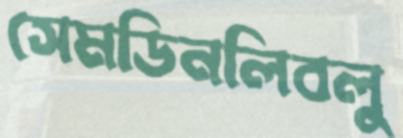
সেমডিনলিবলু